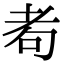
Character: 耇